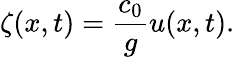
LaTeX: \zeta(x,t)=\frac{c_{0}}{g}u(x,t).